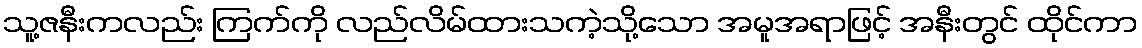
သူ့ဇနီးကလည်း ကြက်ကို လည်လိမ်ထားသကဲ့သို့သော အမူအရာဖြင့် အနီးတွင် ထိုင်ကာ